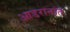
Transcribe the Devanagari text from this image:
आडरानांत